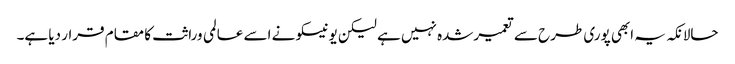
حالانکہ یہ ابھی پوری طرح سے تعمیرشدہ نہیں ہے لیکن یونیسکو نے اسے عالمی وراثت کا مقام قرار دیا ہے۔